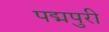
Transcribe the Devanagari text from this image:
पद्मपुरी